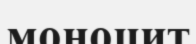
моноцит